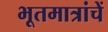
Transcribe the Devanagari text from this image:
भूतमात्रांचें